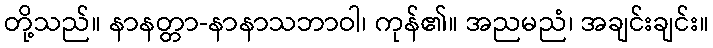
တို့သည်။ နာနတ္တာ-နာနာသဘာဝါ၊ ကုန်၏။ အညမညံ၊ အချင်းချင်း။